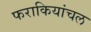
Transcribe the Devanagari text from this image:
फराकियांचल